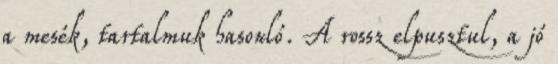
a mesék, tartalmuk hasonló. A rossz elpusztul, a jó